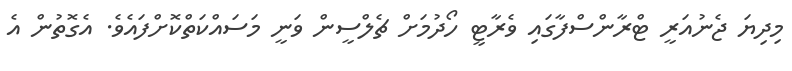
މިދިޔަ ޖެނުއަރީ ޓްރާންސްފާގައި ވެރާޓީ ހޯދުމަށް ޗެލްސީން ވަނީ މަސައްކަތްކޮށްފައެވެ. އެގޮތުން އެ